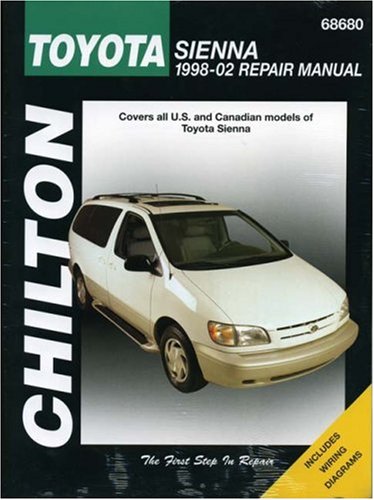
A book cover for Toyota Sienna, 1998-2002 (Haynes Repair Manuals); Chilton; Engineering & Transportation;